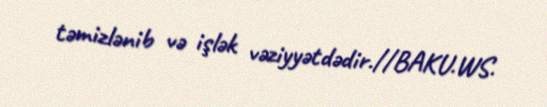
təmizlənib və işlək vəziyyətdədir.//BAKU.WS.